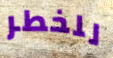
للخطر